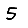
Digit: 5